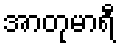
အာတုမာရီ